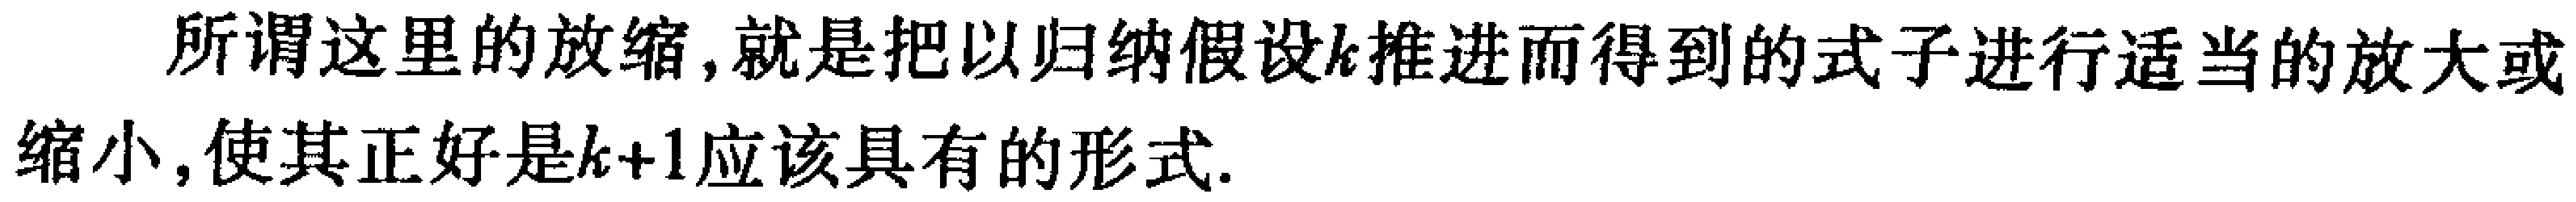
所谓这里的放缩,就是把以归纳假设\(k\)推进而得到的式子进行适当的放大或缩小,使其正好是\(k + 1\)应该具有的形式.